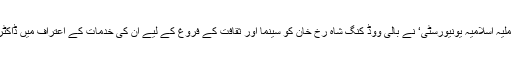
دہلی میں واقع ’جامعہ ملیہ اسلامیہ یونیورسٹی‘ نے بالی ووڈ کنگ شاہ رخ خان کو سینما اور ثقافت کے فروغ کے لیے ان کی خدمات کے اعتراف میں ڈاکٹریٹ کی اعزازی […]